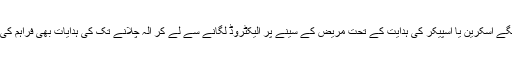
اس میں لگے اسکرین یا اسپیکر کی ہدایت کے تحت مریض کے سینے پر الیکٹروڈ لگانے سے لے کر آلہ چلانے تک کی ہدایات بھی فراہم کی گئی ہیں۔